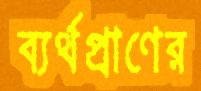
ব্যর্থপ্রাণের